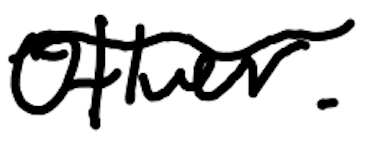
Text: other.
Cross-out: wave
Writing tool: digital_black